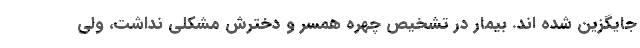
جایگزین شده اند. بیمار در تشخیص چهره همسر و دخترش مشکلی نداشت، ولی